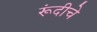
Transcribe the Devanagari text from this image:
रूंदीचे